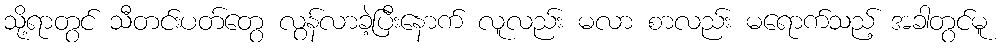
သို့ရာတွင် သီတင်းပတ်တွေ လွန်လာခဲ့ပြီးနောက် လူလည်း မလာ စာလည်း မရောက်သည့် အခါတွင်မူ